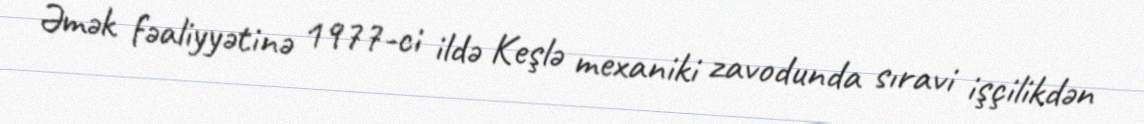
Əmək fəaliyyətinə 1977-ci ildə Keşlə mexaniki zavodunda sıravi işçilikdən